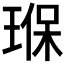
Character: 𤦸